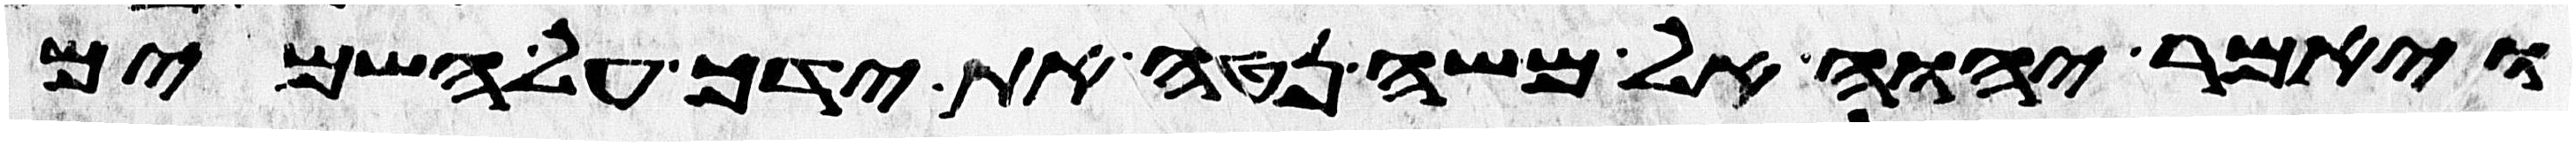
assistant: ויאמר יהוה אל משה נטה את ידך על השמים